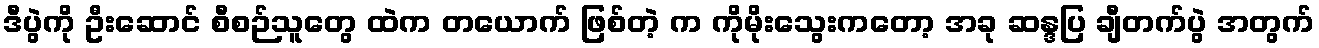
ဒီပွဲကို ဦးဆောင် စီစဉ်သူတွေ ထဲက တယောက် ဖြစ်တဲ့ က ကိုမိုးသွေးကတော့ အခု ဆန္ဒပြ ချီတက်ပွဲ အတွက်